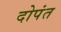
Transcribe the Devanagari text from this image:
दोपंत